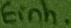
Text: Einh.